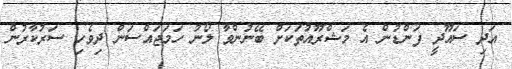
އަދި ސައޫދީ ފަންޑުން އެ މަޝްރޫއުތަކަށް ބޭނުންވާ ލޯނު ހަމަޖައްސަން ދިވެހި ސަރުކާރުން